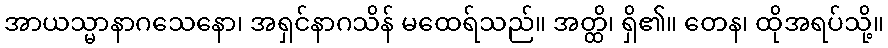
အာယသ္မာနာဂသေနော၊ အရှင်နာဂသိန် မထေရ်သည်။ အတ္ထိ၊ ရှိ၏။ တေန၊ ထိုအရပ်သို့။